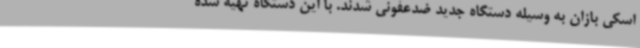
اسکی بازان به وسیله دستگاه جدید ضدعفونی شدند. با این دستگاه تهیه شده